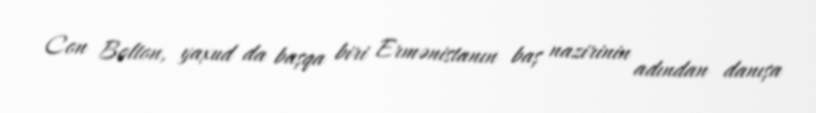
Con Bolton, yaxud da başqa biri Ermənistanın baş nazirinin adından danışa